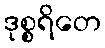
ဒုစ္စရိတေ